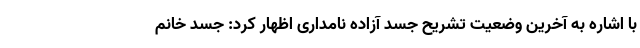
با اشاره به آخرین وضعیت تشریح جسد آزاده نامداری اظهار کرد: جسد خانم